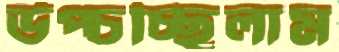
উপ্‌চচ্ছিলাম